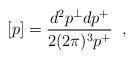
LaTeX: \begin{align*}[p]=\frac{d^2p^\perp dp^+}{2(2\pi)^3p^+}\;\;,\end{align*}